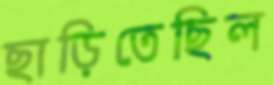
ছাড়িতেছিল